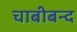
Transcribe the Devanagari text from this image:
चाबीबन्द